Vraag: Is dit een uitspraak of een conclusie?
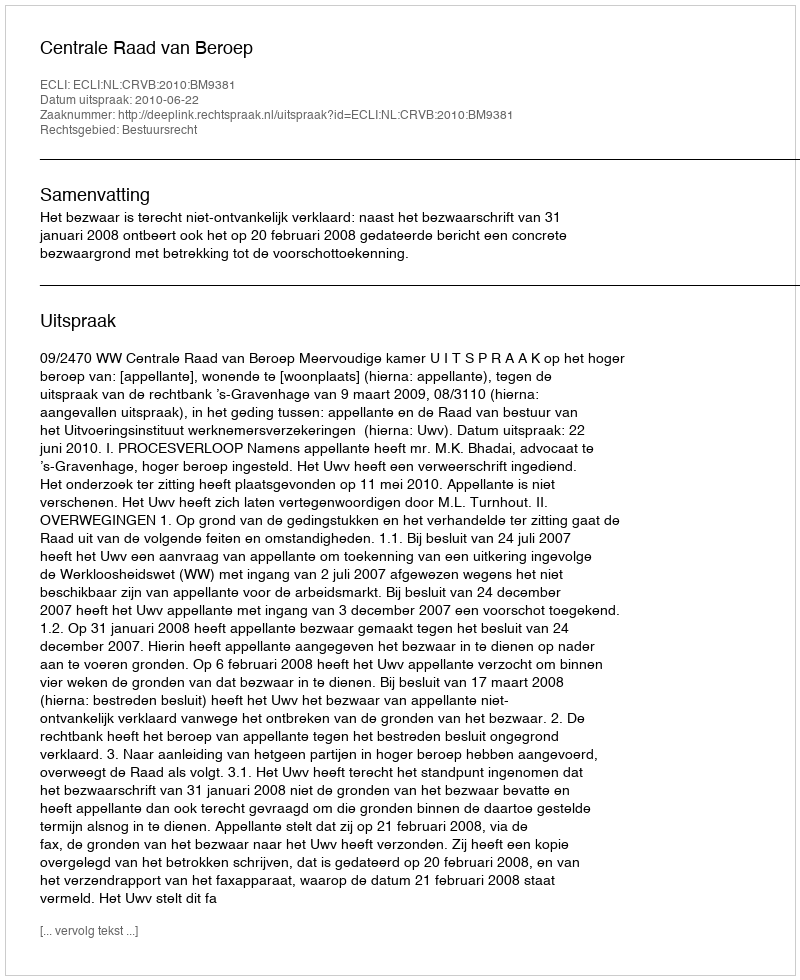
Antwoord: Uitspraak